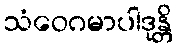
သံဝေဂမာပါဒုန္တိ